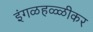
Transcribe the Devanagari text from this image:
इंगळहळ्ळीकर